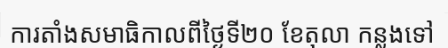
ការតាំងសមាធិកាលពីថ្ងៃទី២០ ខែតុលា កន្លងទៅ